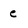
Character: e